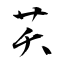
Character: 芺